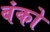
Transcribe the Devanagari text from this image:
बंको